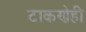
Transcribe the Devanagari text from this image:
टाकणेही